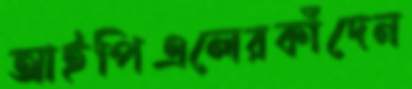
আইপিএলেরকাঁদেন